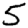
Digit: 5